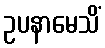
ဥပနာမေသိံ